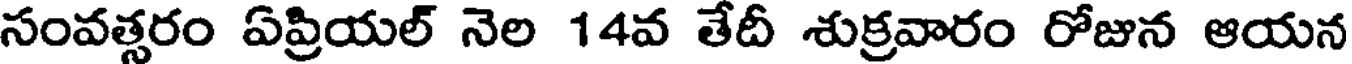
సంవత్సరం ఏప్రియల్ నెల 14వ తేదీ శుక్రవారం రోజున ఆయన